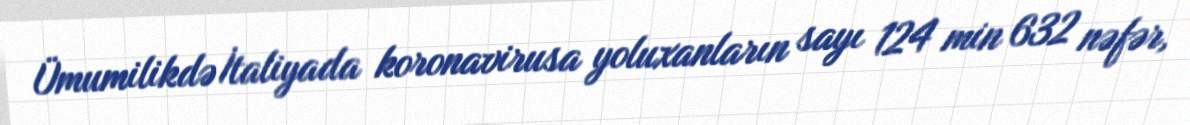
Ümumilikdə İtaliyada koronavirusa yoluxanların sayı 124 min 632 nəfər,